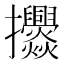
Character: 𭣓